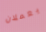
يعملان